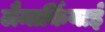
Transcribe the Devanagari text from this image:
लैमार्कियाई